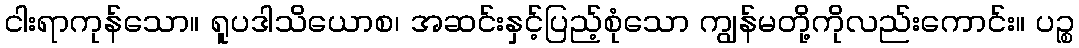
ငါးရာကုန်သော။ ရူပဒါသိယောစ၊ အဆင်းနှင့်ပြည့်စုံသော ကျွန်မတို့ကိုလည်းကောင်း။ ပဉ္စ